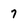
Character: 7